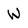
Character: w